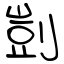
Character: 剴